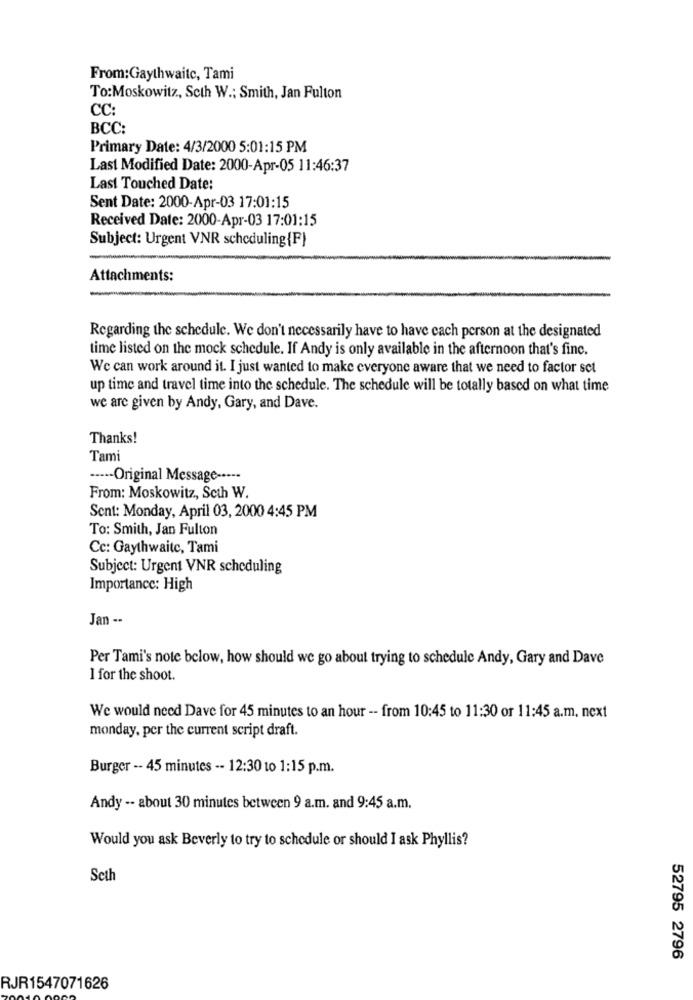
From:Gaythwaitc, Tami
To:Moskowitz, Seth W .: Smith, Jan Fulton
CC:
BCC:
Primary Date: 4/3/2000 5:01:15 PM
Last Modified Date: 2000-Apr-05 11:46:37
Last Touched Date:
Sent Date: 2000-Apr-03 17:01:15
Received Date: 2000-Apr-03 17:01:15
Subject: Urgent VNR scheduling{F}
Attachments:
Regarding the schedule. We don't necessarily have to have each person at the designated
time listed on the mock schedule. If Andy is only available in the afternoon that's fine.
We can work around it. I just wanted to make everyone aware that we need to factor sct
up time and travel time into the schedule. The schedule will be totally based on what time
we are given by Andy, Gary, and Dave.
Thanks!
Tami
----- Original Message -····
From: Moskowitz, Seth W.
Sent: Monday, April 03, 2000 4:45 PM
To: Smith, Jan Fulton
Cc: Gaythwaite, Tami
Subject: Urgent VNR scheduling
Importance: High
Jan --
Per Tami's note below, how should we go about trying to schedule Andy, Gary and Dave
1 for the shoot.
We would need Dave for 45 minutes to an hour -- from 10:45 to 11:30 or 11:45 a.m. next
monday, per the current script draft.
Burger -- 45 minutes -- 12:30 to 1:15 p.m.
Andy -- about 30 minutes between 9 a.m. and 9:45 a.m.
Would you ask Beverly to try to schedule or should I ask Phyllis?
Seth
52795 2796
RJR1547071626